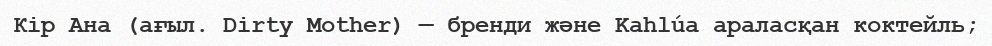
Кір Ана (ағыл. Dirty Mother) — бренди және Kahlúa араласқан коктейль;